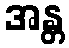
အန္တ